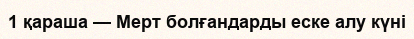
1 қараша — Мерт болғандарды еске алу күні